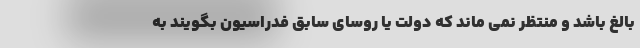
بالغ باشد و منتظر نمی ماند که دولت یا روسای سابق فدراسیون بگویند به